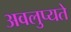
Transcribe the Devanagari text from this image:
अवलुप्यते